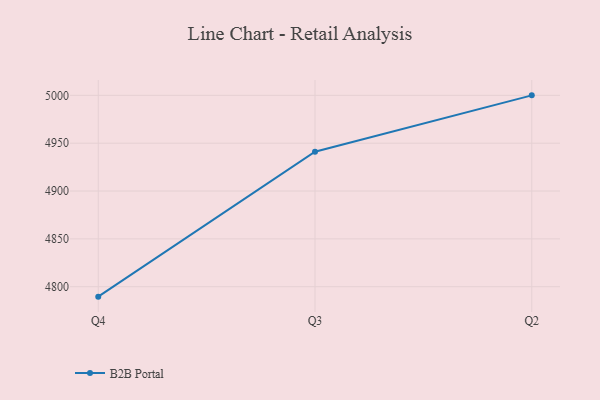
{"axis": {"x": "Quarter", "y": "Market Share (%)"}, "legend": ["B2B Portal"], "data": [{"x": "Q4", "y": 4789.6, "type": "B2B Portal"}, {"x": "Q3", "y": 4941.1, "type": "B2B Portal"}, {"x": "Q2", "y": 5000, "type": "B2B Portal"}]}